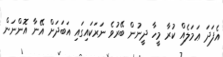
އެފަދަ ޢަމަލެއް ކުރާ މީހާ ދީނުން ބޭރުވެ ނަރަކައިގައި އަބަދަށް އޭނާ އޮންނަން